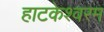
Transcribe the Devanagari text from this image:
हाटकेश्वरम